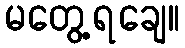
မတွေ့ရချေ။